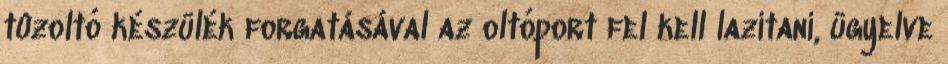
tûzoltó készülék forgatásával az oltóport fel kell lazítani, ügyelve